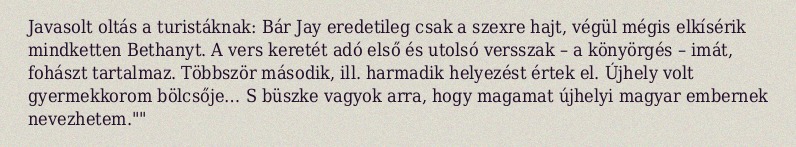
Javasolt oltás a turistáknak: Bár Jay eredetileg csak a szexre hajt, végül mégis elkísérik mindketten Bethanyt. A vers keretét adó első és utolsó versszak – a könyörgés – imát, fohászt tartalmaz. Többször második, ill. harmadik helyezést értek el. Újhely volt gyermekkorom bölcsője… S büszke vagyok arra, hogy magamat újhelyi magyar embernek nevezhetem.""